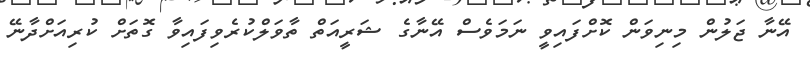
އޭނާ ޖަލުން މިނިވަން ކޮށްފައިވީ ނަމަވެސް އޭނާގެ ޝަރީއަތް ތާވަލްކުރެވިފައިވާ ގޮތަށް ކުރިއަށްދާނޭ